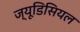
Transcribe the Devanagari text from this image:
ज्यूडिसियल